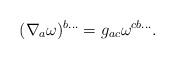
LaTeX: \begin{align*}(\nabla_a\omega)^{b...} = g_{ac}\omega^{cb...} .\end{align*}